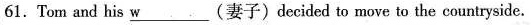
61.Tom and his \underline{w}(妻子)decided to move to the countryside.